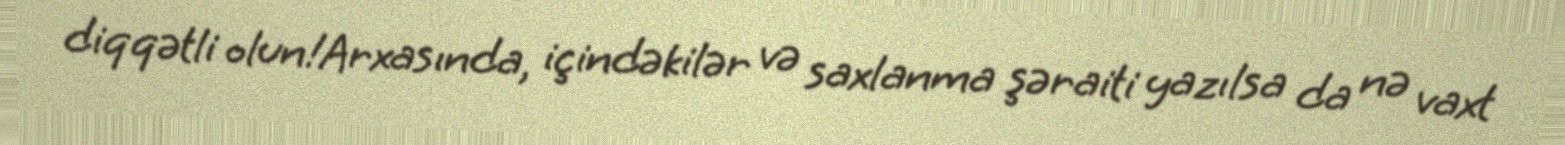
diqqətli olun!Arxasında, içindəkilər və saxlanma şəraiti yazılsa da nə vaxt